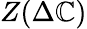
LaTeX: Z(\Delta\mathbb{C})